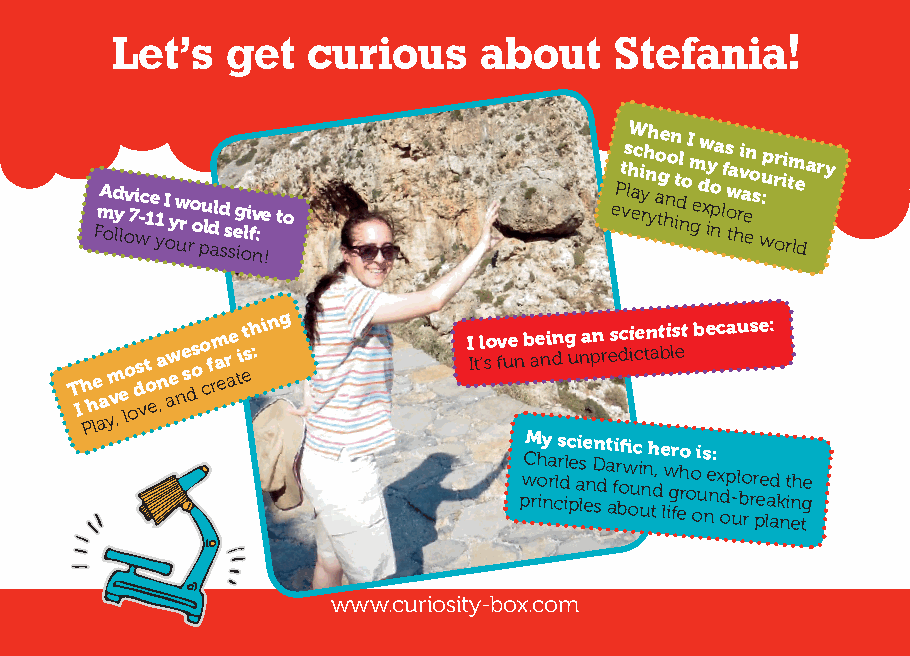
Let’s   get  curious     about    Stefania!
 FmA od y llov 7i w-c 1e 1 y I o y w ur ro o pu ld ald
 s
 s
 s
 eg ioli fv n: e
 !
 to                    ePt vs lhW eac i y rh nh y ao tge hno n t idl no I m ge dw x iy o p na l fs ow ta h ri v a e en o s wu :p rr oii rtm le
 d
 ary
 T I h Ph le aa ym v
 ,
 e lo ods vt o e ,a n aw e n e s ds o o c f rm a er ae t i et sh :
 ing
 I It l ’so fv ue n b ae ni dn g u na pn r es dc ii ce tn at bi ls et because:
 pwCM rh o iy na r cls r d ilc pe ai lse en Dn sd at
 a
 fi r bofi w ouc i unn h td, e
 l
 w igr feho
 ro
 o oi
 u
 s ne n: x
 d o
 p
 -
 ul bo
 r
 rr pee lad
 ak n
 it
 n
 eh tge
 www.curiosity-box.com